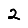
Digit: 2